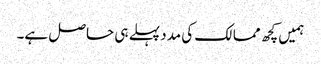
ہمیں کچھ ممالک کی مدد پہلے ہی حاصل ہے۔